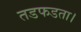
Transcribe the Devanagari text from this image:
तडफडता।